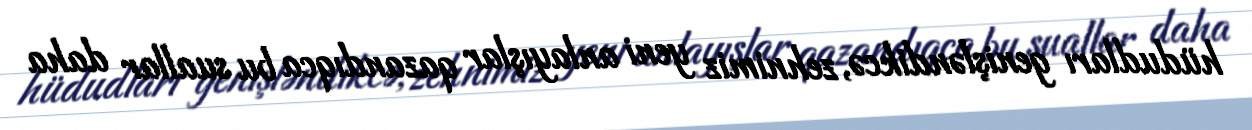
hüdudları genişləndikcə, zehnimiz yeni anlayışlar qazandıqca bu suallar daha